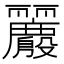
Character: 𱍪